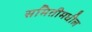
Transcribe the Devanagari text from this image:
समितीमधील